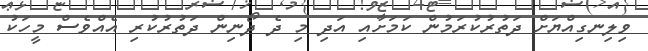
ވިލިނގިއްޔަށް ދަތުރުކުރަމުން ކަމަށާއި އަދި މި ދެ ދޯނިން ދަތުރުކުރި އެއްވެސް މީހަކު